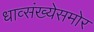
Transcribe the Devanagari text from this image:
धाव्संख्येसमोर